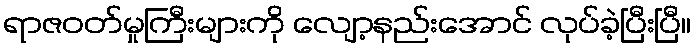
ရာဇဝတ်မှုကြီးများကို လျော့နည်းအောင် လုပ်ခဲ့ပြီးပြီ။